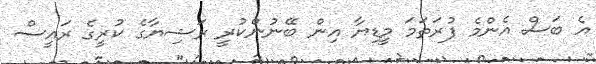
އެ ބަސް އެންމެ ފުރަތަމަ މީޑިޔާ އިން ބޭނުންކުރީ ރަޝިޔާގެ ކުރީގެ ރައީސް